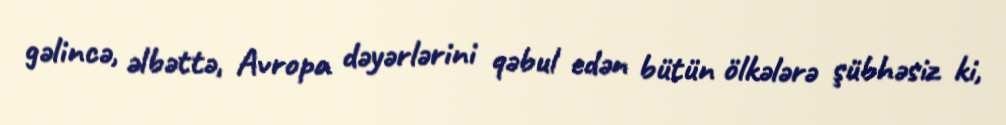
gəlincə, əlbəttə, Avropa dəyərlərini qəbul edən bütün ölkələrə şübhəsiz ki,